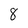
Character: 8